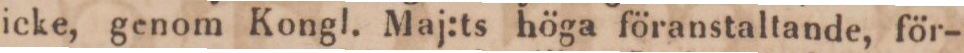
icke, genom Kongl. Maj:ts höga föranstaltande, för-